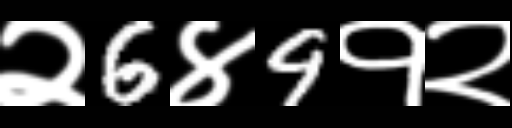
Text: २6४9१२